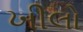
ખીલો